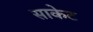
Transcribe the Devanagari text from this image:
साकेट